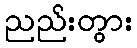
ညည်းတွား